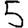
Digit: 5